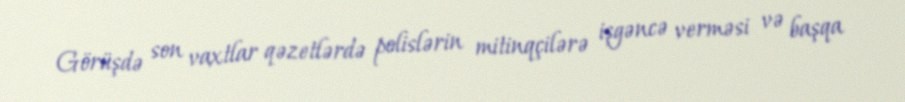
Görüşdə son vaxtlar qəzetlərdə polislərin mitinqçilərə işgəncə verməsi və başqa